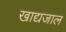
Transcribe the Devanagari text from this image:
खाद्यजाल